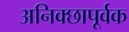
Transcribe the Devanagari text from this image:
अनिक्छापूर्वक